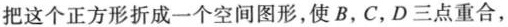
把这个正方形折成一个空间图形，使B，C，D三点重合，